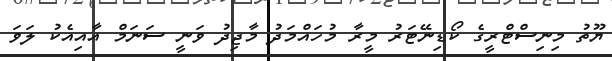
ޔޫތު މިނިސްޓްރީގެ ކޯޑިނޭޓަރު މީރާ މުހައްމަދު މާޖިދު ވަނީ ސަނަމް އާއިއެކު ލަވަ